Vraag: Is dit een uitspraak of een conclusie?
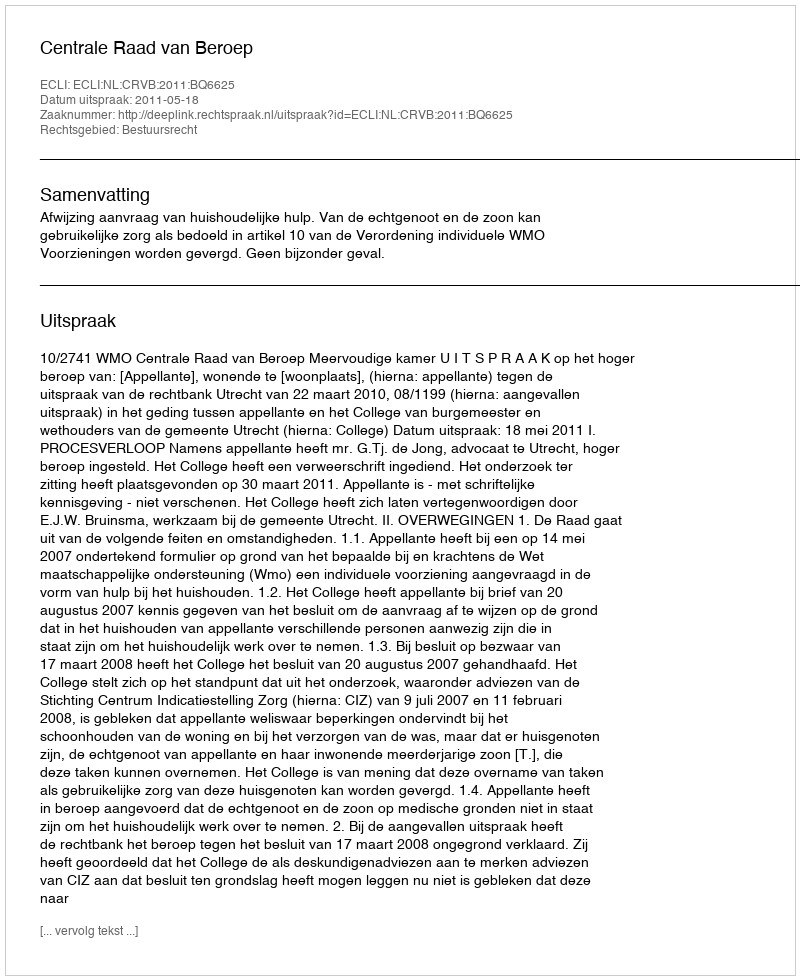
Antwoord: Uitspraak